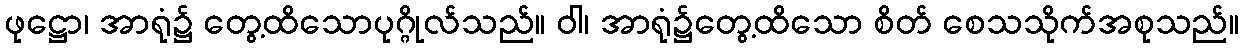
ဖုဋ္ဌော၊ အာရုံ၌ တွေ့ထိသောပုဂ္ဂိုလ်သည်။ ဝါ၊ အာရုံ၌တွေ့ထိသော စိတ် စေသသိုက်အစုသည်။